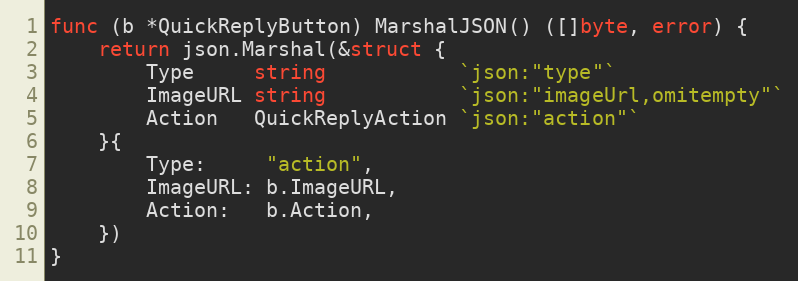
Language: Go
func (b *QuickReplyButton) MarshalJSON() ([]byte, error) {
	return json.Marshal(&struct {
		Type     string           `json:"type"`
		ImageURL string           `json:"imageUrl,omitempty"`
		Action   QuickReplyAction `json:"action"`
	}{
		Type:     "action",
		ImageURL: b.ImageURL,
		Action:   b.Action,
	})
}